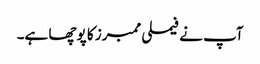
آپ نے فیملی ممبرز کا پوچھا ہے۔